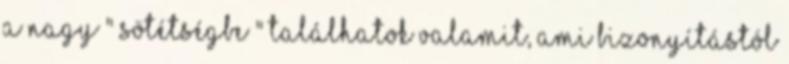
a nagy " sötétségbe " találhatok valamit, ami bizonyítástól